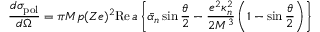
\frac { d \sigma _ { \mathrm { p o l } } } { d \Omega } = \pi M p ( Z e ) ^ { 2 } \mathrm { R e } \, a \left\{ \bar { \alpha } _ { n } \sin \frac { \theta } { 2 } - \frac { e ^ { 2 } \kappa _ { n } ^ { 2 } } { 2 M ^ { 3 } } \left( 1 - \sin \frac { \theta } { 2 } \right) \right\}